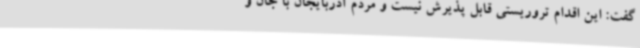
گفت: این اقدام تروریستی قابل پذیرش نیست و مردم آذربایجان با جان و